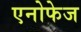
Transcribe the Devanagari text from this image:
एनोफेज